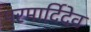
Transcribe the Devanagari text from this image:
परमार्दिदेव